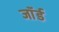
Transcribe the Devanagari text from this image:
जाॅर्ड